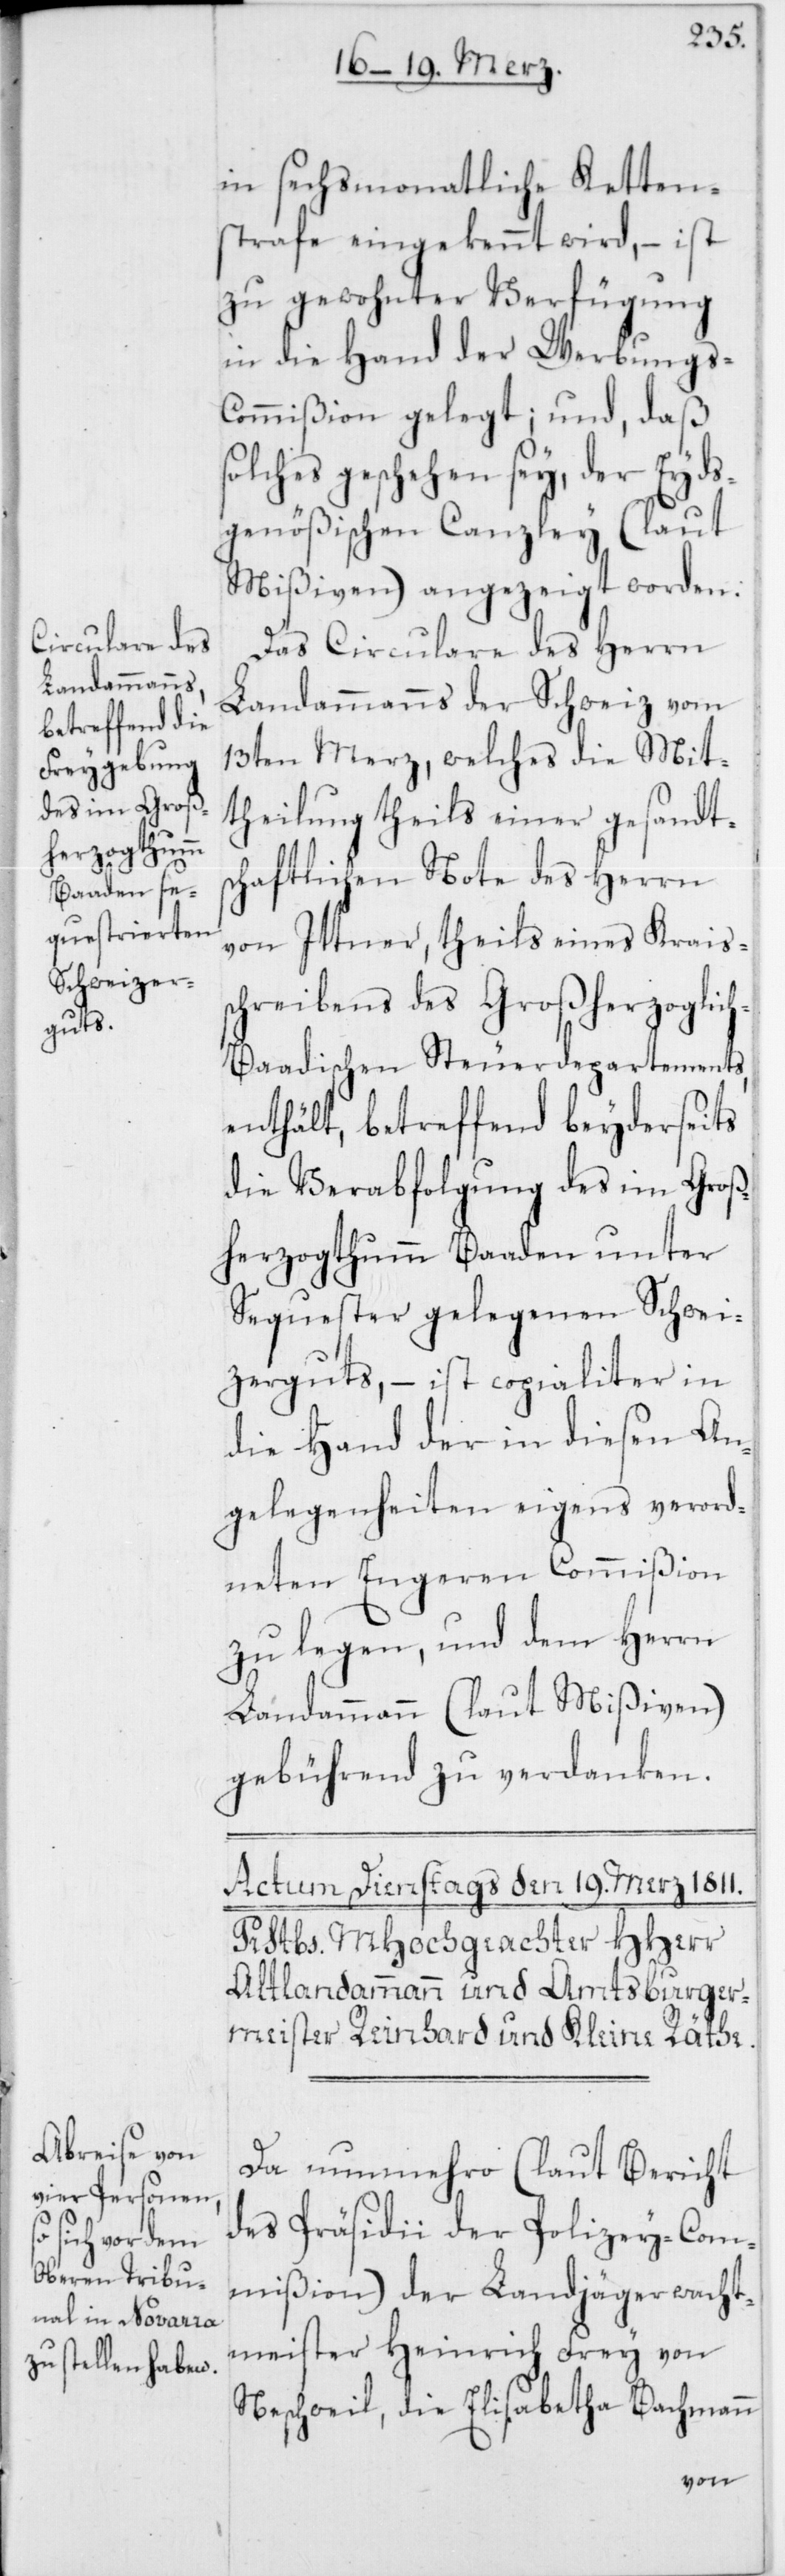
in sechsmonatliche Ketten¬
strafe eingekennt wird, – ist
zu gewohnter Verfügung
in die Hand der Werbungs-C¬
ommißion gelegt; und, daß
solches geschehen sey, der Eyds¬
genößischen Canzley (laut
Mißiven) angezeigt worden.
Das Circulare des Herrn
Landammanns der Schweiz vom
13ten Merz, welches die Mit¬
theilung theils einer gesandts¬
chaftlichen Note des Herrn
von Ittner, theils eines Kraiss¬
chreibens des Großherzoglic¬
h-Baadischen Steuerdepartements,
enthält, betreffend beyderseits
die Verabfolgung des im Groß¬
herzogthumm Baaden unter
Sequester gelegenen Schwei¬
zerguts, – ist copialiter in
die Hand der in diesen An¬
gelegenheiten eigens verord¬
neten Engeren Commißion
zu legen, und dem Herrn
Landammann (laut Mißiven)
gebührend zu verdanken.
Da nunmehro (laut Bericht
des Präsidii der Polizey-Com¬
mißion) der Landjägerwacht¬
meister Heinrich Frey von
Neschweil, die Elisabetha Bachmann